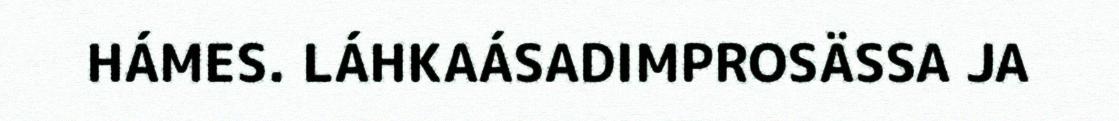
HÁMES. LÁHKAÁSADIMPROSÄSSA JA